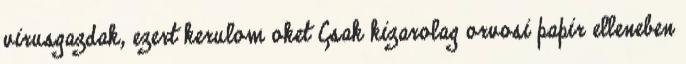
virusgazdak, ezert kerulom oket Csak kizarolag orvosi papir elleneben